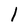
Character: l